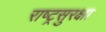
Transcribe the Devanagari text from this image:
राष्ट्रसुरक्षा